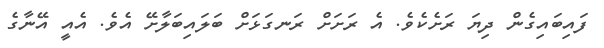
ފައިބައިގެން ދިޔަ ރަށެކެވެ. އެ ރަށަށް ރަނގަޅަށް ބަލައިބަލާށޭ އެވެ. އެއީ އޭނާގެ